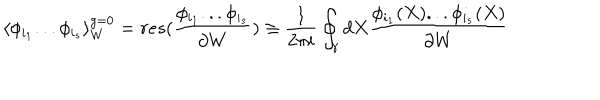
\langle \phi _ { i _ { 1 } } . . . \phi _ { i _ { s } } \rangle _ { W } ^ { g = 0 } = r e s ( \frac { \phi _ { i _ { 1 } } . . . \phi _ { i _ { s } } } { \partial W } ) \equiv \frac { 1 } { 2 \pi i } \oint _ { \gamma } d X \frac { \phi _ { i _ { 1 } } ( X ) . . . \phi _ { i _ { s } } ( X ) } { \partial W }